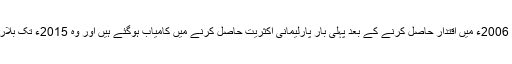
ان نتائج کے ذریعے مسٹر ہارپر 2006ء میں اقتدار حاصل کرنے کے بعد پہلی بار پارلیمانی اکثریت حاصل کرنے میں کامیاب ہوگئے ہیں اور وہ 2015ء تک بلاروک ٹوک حکومت کرسکیں گے۔